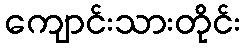
ကျောင်းသားတိုင်း